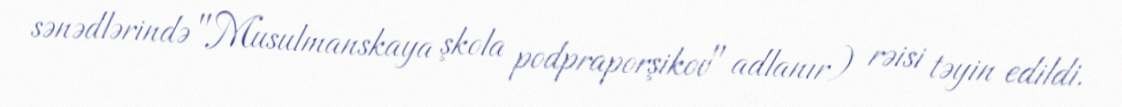
sənədlərində "Musulmanskaya şkola podpraporşikov" adlanır) rəisi təyin edildi.